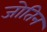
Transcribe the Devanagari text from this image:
जोतिन